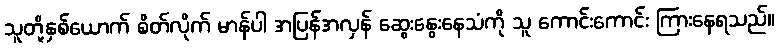
သူတို့နှစ်ယောက် စိတ်လိုက် မာန်ပါ အပြန်အလှန် ဆွေးနွေးနေသံကို သူ ကောင်းကောင်း ကြားနေရသည်။